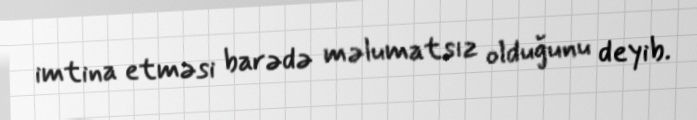
imtina etməsi barədə məlumatsız olduğunu deyib.